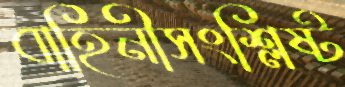
বাহিনীসংশ্লিষ্ট